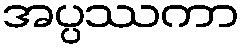
အပ္ပဿကာ